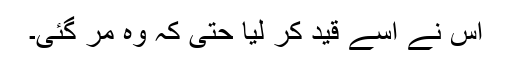
اس نے اسے قید کر لیا حتی کہ وہ مر گئی۔